Scottish Certificate of Education, 1963
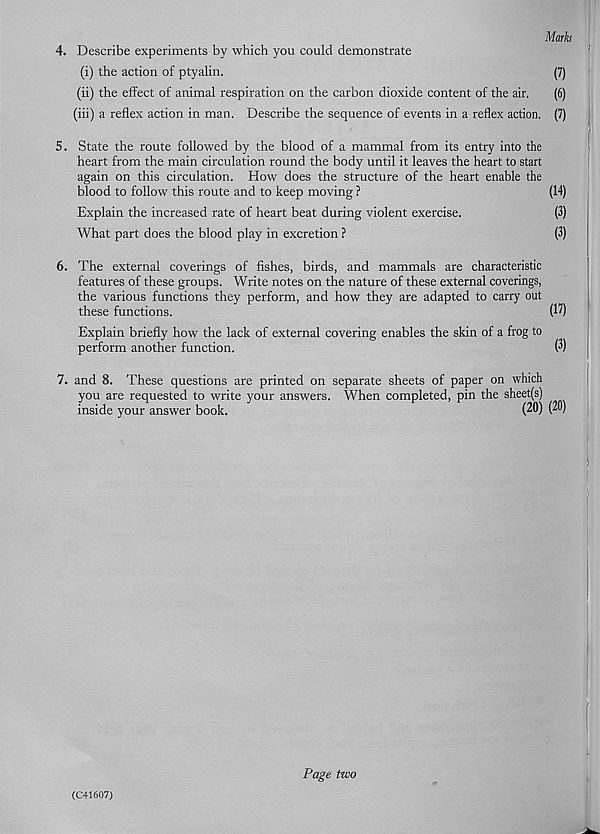
Marks
4. Describe experiments by which you could demonstrate
(i) the action of ptyalin.
(7)
(ii) the effect of animal respiration on the carbon dioxide content of the air.
(6)
(iii) a reflex action in man. Describe the sequence of events in a reflex action. (7)
5. State the route followed by the blood of a mammal from its entry into the
heart from the main circulation round the body until it leaves the heart to start
again on this circulation. How does the structure of the heart enable the
blood to follow this route and to keep moving ?
(14)
Explain the increased rate of heart beat during violent exercise.
(3)
What part does the blood play in excretion ?
(3)
6. The external coverings of fishes, birds, and mammals are characteristic
features of these groups. Write notes on the nature of these external coverings,
the various functions they perform, and how they are adapted to carry out
these functions.
(17)
Explain briefly how the lack of external covering enables the skin of a frog to
perform another function.
(3)
7. and 8. These questions are printed on separate sheets of paper on which
you are requested to write your answers. When completed, pin the sheet(s)
inside your answer book.
(20) (20)
(C41607)
Page two